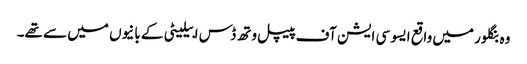
وہ بنگلور میں واقع ایسو سی ایشن آف پیپل وتھ ڈس ابیلیٹی کے بانیوں میں سے تھے۔